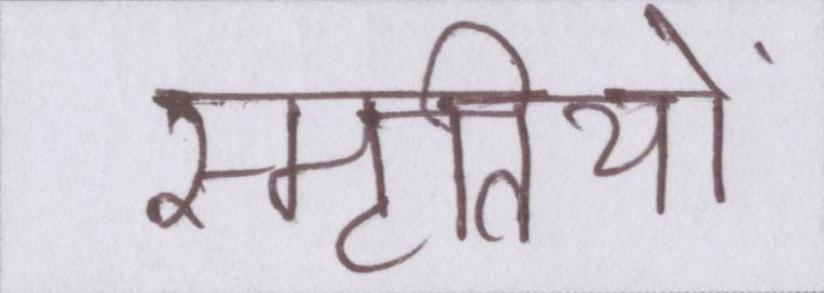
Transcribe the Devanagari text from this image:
स्मृतियों